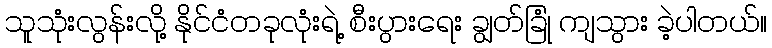
သူသုံးလွန်းလို့ နိုင်ငံတခုလုံးရဲ့ စီးပွားရေး ချွတ်ခြုံ ကျသွား ခဲ့ပါတယ်။